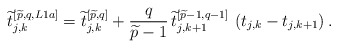
\begin{align*}\widetilde{t}_{j,k}^{\left[\widetilde{p},q,L1a\right]} = \widetilde{t}_{j,k}^{\left[\widetilde{p},q\right]} +{q \over \widetilde{p}-1}\,\widetilde{t}_{j,k+1}^{\left[\widetilde{p}-1,q-1\right]}\,\left(t_{j,k}-t_{j,k+1}\right).\end{align*}